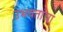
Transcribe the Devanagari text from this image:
उभयतांचा